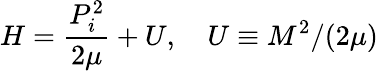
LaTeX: H=\frac{P_{i}^{2}}{2\mu}+U,\quad U\equiv M^{2}/(2\mu)